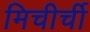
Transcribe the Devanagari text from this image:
मिचीर्ची